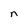
Character: n